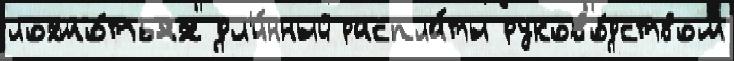
лохмо́тьях дл'и́нный распла́ты руково́дством